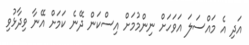
އަދި އެ މައްސަލަ އަވަހަށް ނިންމުމަށް އިސްކަން ދޭނެ ކަމަށް އޭނާ ވިދާޅުވި